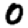
Digit: 0